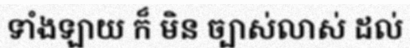
ទាំងឡាយ ក៏ មិន ច្បាស់លាស់ ដល់